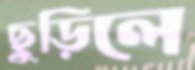
ছুড়িলে